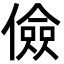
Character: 儉